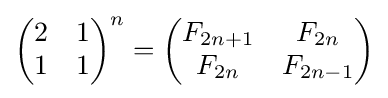
{\begin{pmatrix}2&1\\1&1\end{pmatrix}}^{n}={\begin{pmatrix}F_{2n+1}&F_{2n}\\F_{2n}&F_{2n-1}\end{pmatrix}}